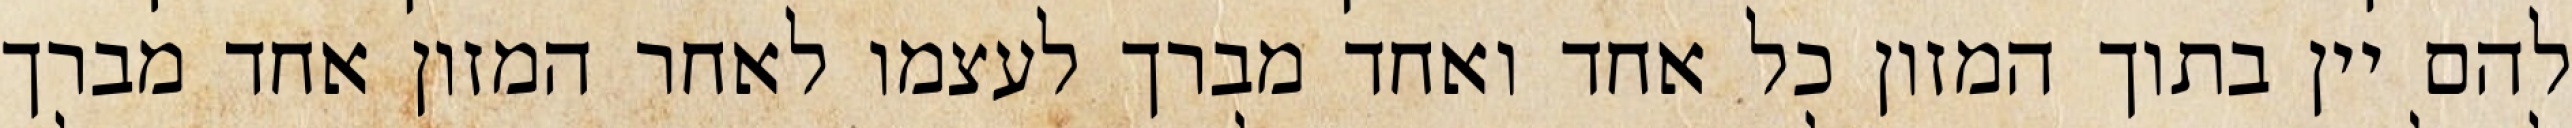
להם יין בתוך המזון כל אחד ואחד מברך לעצמו לאחר המזון אחד מברך